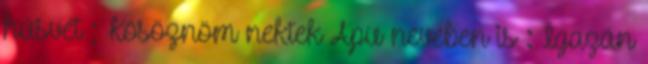
húsvét ; Kösöznöm nektek Apu nevében is : Igazán